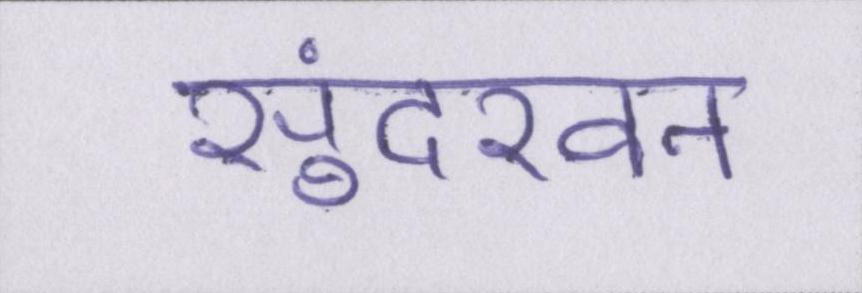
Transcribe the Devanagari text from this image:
सुंदरवन